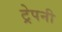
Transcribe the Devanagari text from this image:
ट्रेपनी